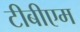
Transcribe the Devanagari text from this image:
टीबीएम